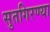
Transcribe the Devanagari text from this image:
सुतगिरण्या